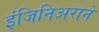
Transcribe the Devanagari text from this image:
इंजिनिअराने